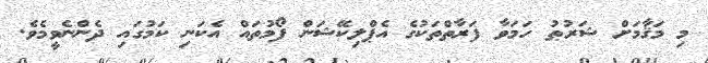
މި މަޤާމަށް ޝަރުޠު ހަމަވާ ފަރާތްތަކުގެ އެޕްލިކޭޝަން ފޯމުތައް އެކަނި ކަމުގައި ދެންނެވީމެވެ.